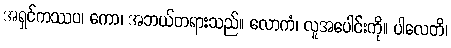
အရှင်ကဿပ၊ ကော၊ အဘယ်တရားသည်။ လောကံ၊ လူအပေါင်းကို။ ပါလေတိ၊